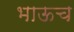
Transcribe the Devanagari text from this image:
भाऊच